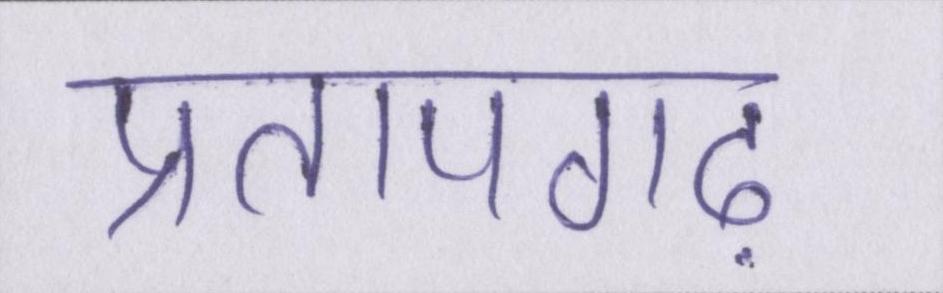
प्रतापगढ़